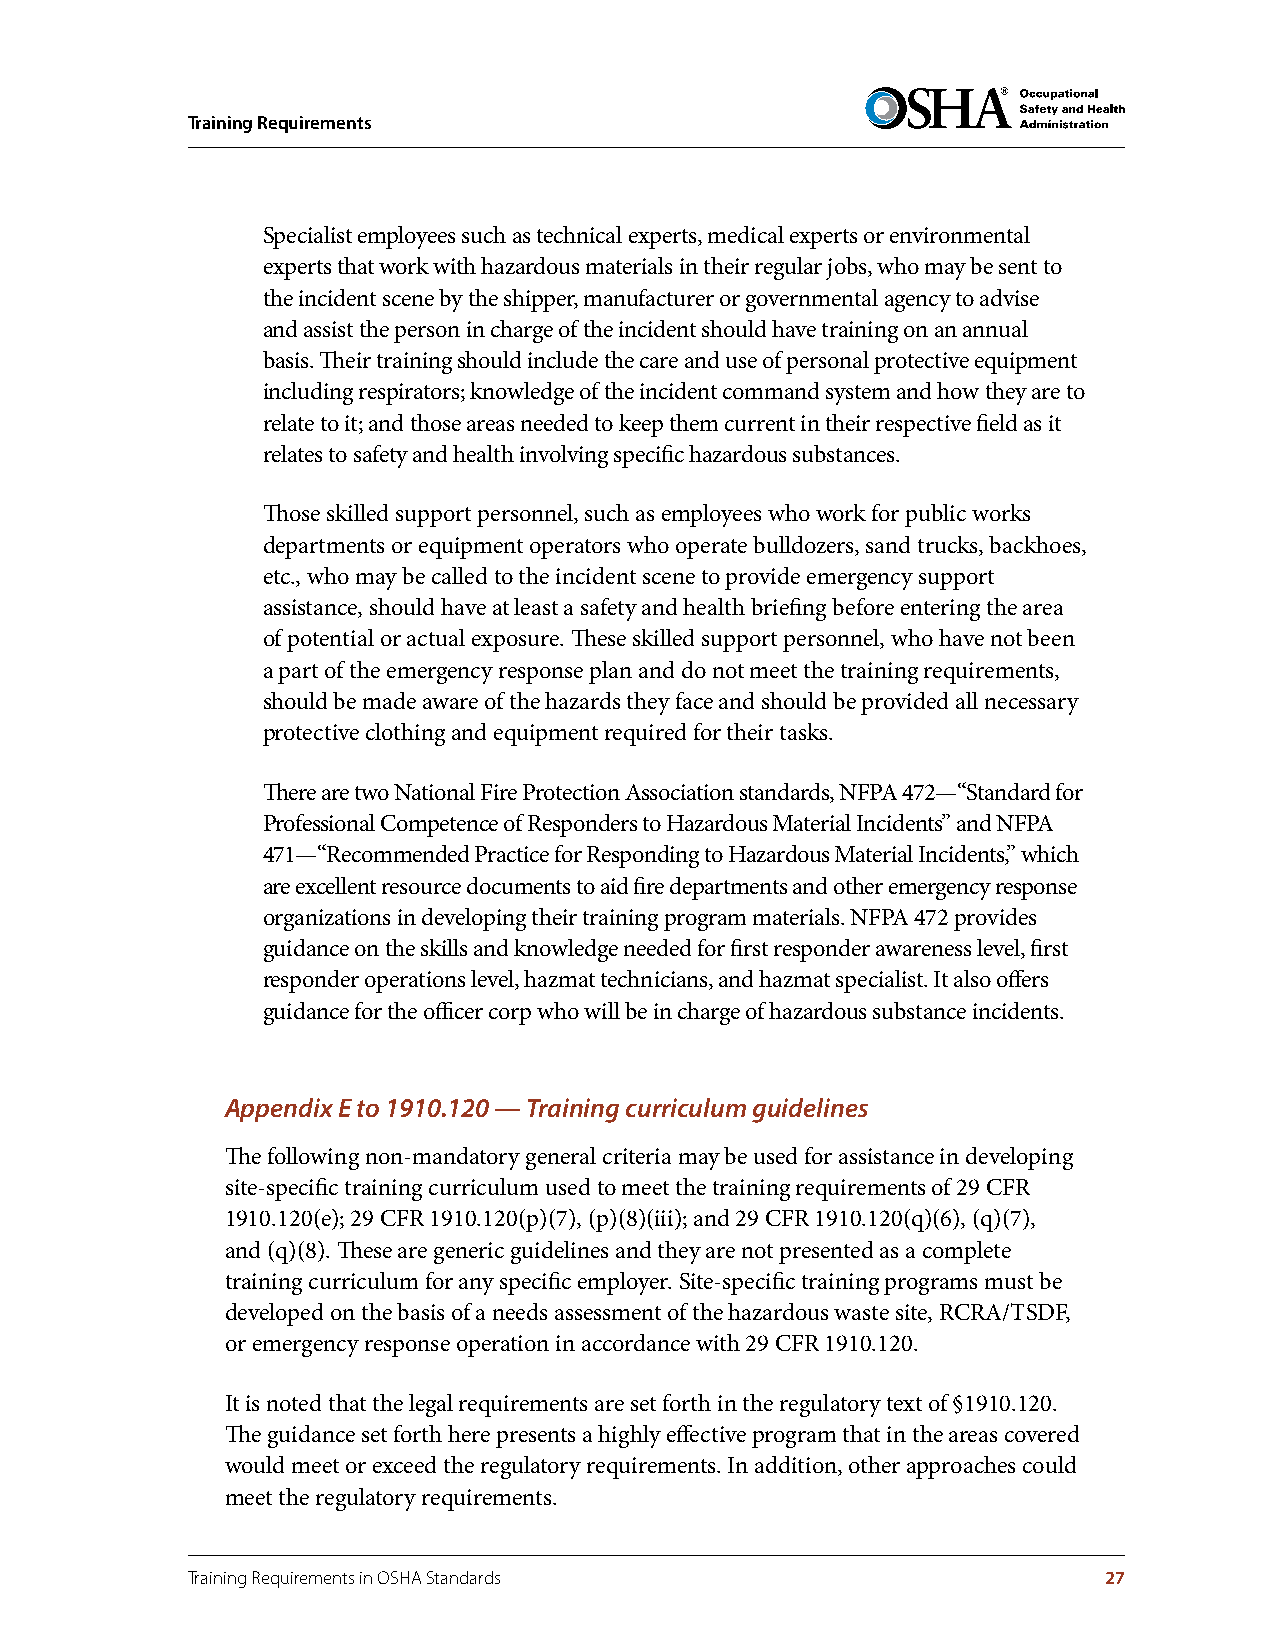
Training Requirements
 Specialist employees such as technical experts, medical experts or environmental
 experts that work with hazardous materials in their regular jobs, who may be sent to
 the incident scene by the shipper, manufacturer or governmental agency to advise
 and assist the person in charge of the incident should have training on an annual
 basis. Their training should include the care and use of personal protective equipment
 including respirators; knowledge of the incident command system and how they are to
 relate to it; and those areas needed to keep them current in their respective field as it
 relates to safety and health involving specific hazardous substances.
 Those skilled support personnel, such as employees who work for public works
 departments or equipment operators who operate bulldozers, sand trucks, backhoes,
 etc., who may be called to the incident scene to provide emergency support
 assistance, should have at least a safety and health briefing before entering the area
 of potential or actual exposure. These skilled support personnel, who have not been
 a part of the emergency response plan and do not meet the training requirements,
 should be made aware of the hazards they face and should be provided all necessary
 protective clothing and equipment required for their tasks.
 There are two National Fire Protection Association standards, NFPA 472—“Standard for
 Professional Competence of Responders to Hazardous Material Incidents” and NFPA
 471—“Recommended Practice for Responding to Hazardous Material Incidents,” which
 are excellent resource documents to aid fire departments and other emergency response
 organizations in developing their training program materials. NFPA 472 provides
 guidance on the skills and knowledge needed for first responder awareness level, first
 responder operations level, hazmat technicians, and hazmat specialist. It also offers
 guidance for the officer corp who will be in charge of hazardous substance incidents.
 Appendix E to 1910.120 — Training curriculum guidelines
 The following non-mandatory general criteria may be used for assistance in developing
 site-specific training curriculum used to meet the training requirements of 29 CFR
 1910.120(e); 29 CFR 1910.120(p)(7), (p)(8)(iii); and 29 CFR 1910.120(q)(6), (q)(7),
 and (q)(8). These are generic guidelines and they are not presented as a complete
 training curriculum for any specific employer. Site-specific training programs must be
 developed on the basis of a needs assessment of the hazardous waste site, RCRA/TSDF,
 or emergency response operation in accordance with 29 CFR 1910.120.
 It is noted that the legal requirements are set forth in the regulatory text of §1910.120.
 The guidance set forth here presents a highly effective program that in the areas covered
 would meet or exceed the regulatory requirements. In addition, other approaches could
 meet the regulatory requirements.
 Training Requirements in OSHA Standards                      27